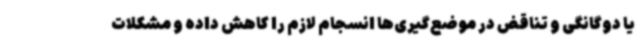
یا دوگانگی و تناقض در موضع‌گیری‌ها انسجام لازم را کاهش داده و مشکلات